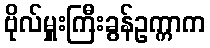
ဗိုလ်မှူးကြီးခွန်ဥက္ကာက